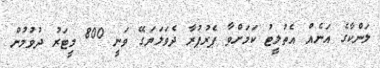
ލަންކާގެ އަނެއް އެތުލީޓު ކަމަށްވާ ޕެރުޕުރާ ދެވަލަޔަގޭ ވަނީ 800 މީޓަރު ދުވުމުން